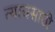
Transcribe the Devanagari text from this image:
त्याचसाठी